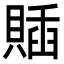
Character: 𧶵